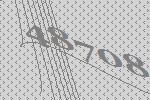
48708